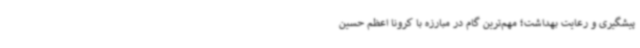
پیشگیری و رعایت بهداشت؛ مهم‌ترین گام در مبارزه با کرونا اعظم حسین